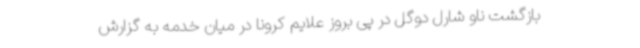
بازگشت ناو شارل دوگل در پی بروز علایم کرونا در میان خدمه به گزارش